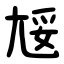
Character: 㞂